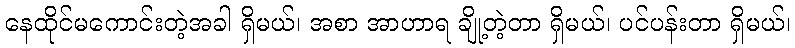
နေထိုင်မကောင်းတဲ့အခါ ရှိမယ်၊ အစာ အာဟာရ ချို့တဲ့တာ ရှိမယ်၊ ပင်ပန်းတာ ရှိမယ်၊